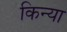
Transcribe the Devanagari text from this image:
किन्या